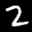
Label: 2